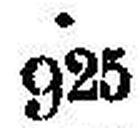
925